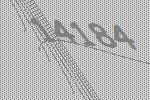
14184